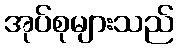
အုပ်စုများသည်